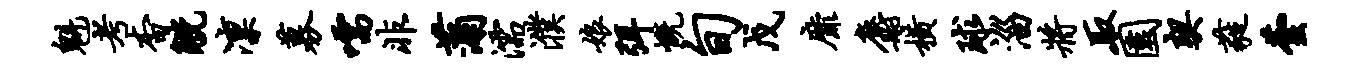
魁考杳觥凛募嚅非蒲濡濮娘弭慨旬戊靡麝横球淄将取园契蕤芸